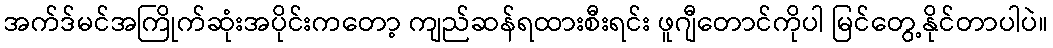
အက်ဒ်မင်အကြိုက်ဆုံးအပိုင်းကတော့ ကျည်ဆန်ရထားစီးရင်း ဖူဂျီတောင်ကိုပါ မြင်တွေ့နိုင်တာပါပဲ။